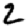
Digit: 2